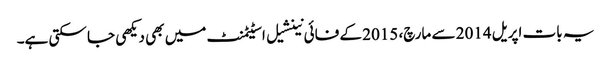
یہ بات اپریل 2014 سے مارچ، 2015 کے فائی نینشیل اسٹیٹمنٹ میں بھی دیکھی جا سکتی ہے۔